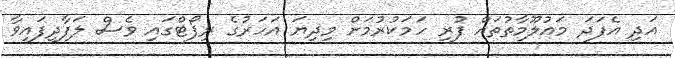
އަދި އެފަދަ މައުލޫމާތުތައް ފުރި ހަމަކުރުމަށް މިދިޔަ އަހަރުގެ ރިޕޯޓްގައި ވެސް ލަފާދީފައިވާ